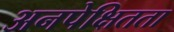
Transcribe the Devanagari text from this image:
अनपेक्षितता